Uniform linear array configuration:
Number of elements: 16
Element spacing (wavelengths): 0.75
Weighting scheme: exponential
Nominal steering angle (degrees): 15
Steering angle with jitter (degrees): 15.023
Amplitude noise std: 0.05
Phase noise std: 0.05

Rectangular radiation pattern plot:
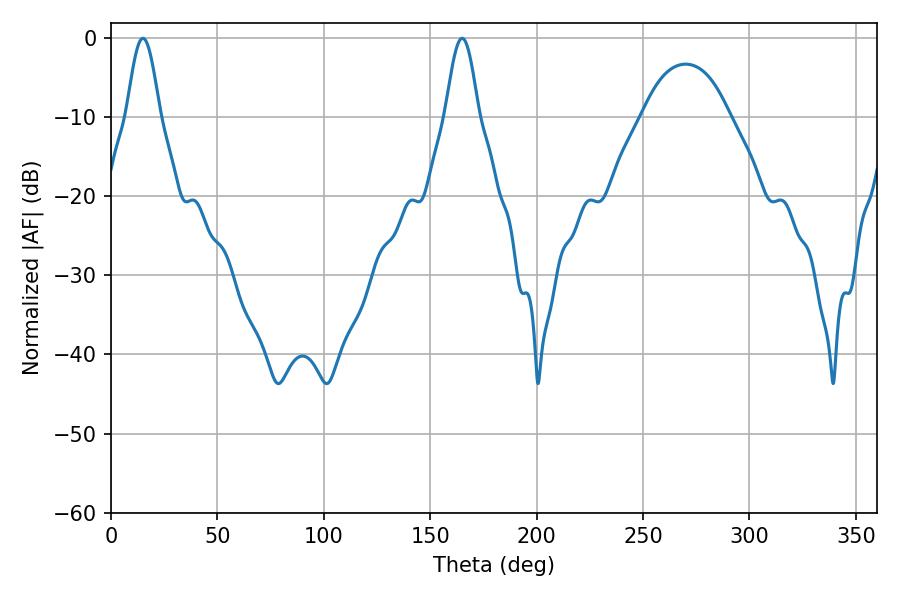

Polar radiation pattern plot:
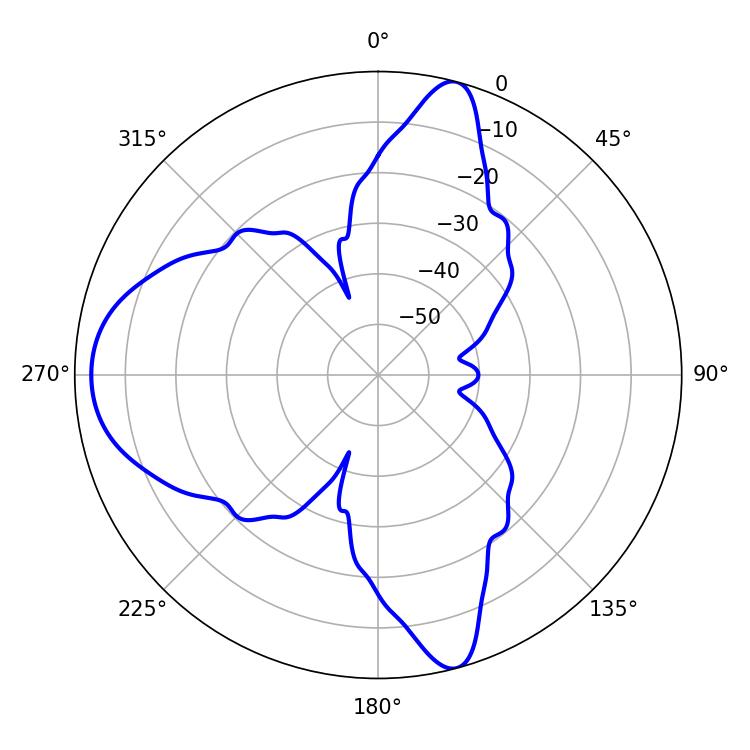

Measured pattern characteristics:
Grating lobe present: TRUE
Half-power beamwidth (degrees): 8.28
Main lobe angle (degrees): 14.94